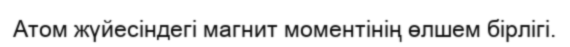
Атом жүйесіндегі магнит моментінің өлшем бірлігі.